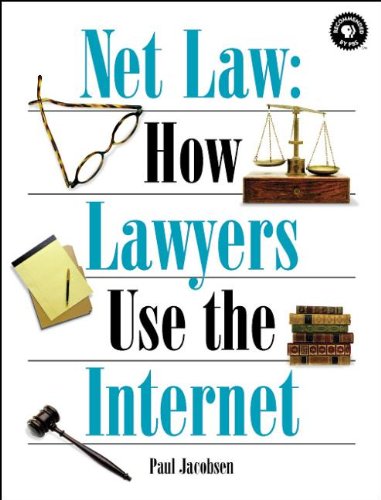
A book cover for Net Law:  How Lawyers Use the Internet (Songline Guides); Paul Jacobsen; Law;